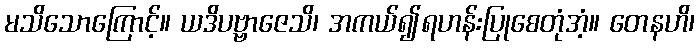
မသိသောကြောင့်။ ယဒိပဗ္ဗာဇေသိ၊ အကယ်၍ရဟန်းပြုစေတုံအံ့။ တေနဟိ၊